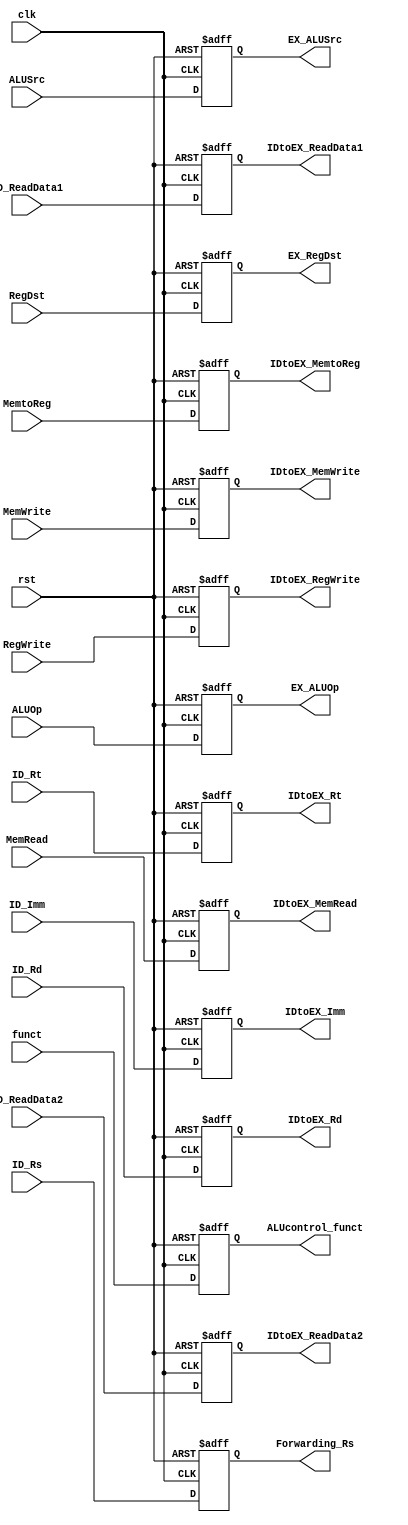
module IDtoEX_Register(
    input wire clk,
    input wire rst,
    
    //input from ID_Stage
    input wire [31:0] ID_ReadData1, ID_ReadData2,
    input wire [31:0] ID_Imm,
    input wire [4:0] ID_Rs, ID_Rt, ID_Rd,
    input wire [5:0] funct,
 
 
    //input from Control
    input wire [1:0] ALUOp,
    input wire ALUSrc, RegDst, MemRead, MemWrite, RegWrite, MemtoReg,
 
 
    // outputs to EX_Stage
    output reg [31:0] IDtoEX_ReadData1,IDtoEX_ReadData2, // Read Data from Register File
    output reg [31:0] IDtoEX_Imm, // Sign extended immediate value
    output reg [4:0] IDtoEX_Rt, IDtoEX_Rd, // Destination Register

    // Control unit to use in 3 stage
    output reg [1:0] EX_ALUOp,
    output reg EX_ALUSrc,
    output reg EX_RegDst,
    

    // outputs to Forwarding unit
    output reg [4:0] Forwarding_Rs,
    
    
    // outputs to ALU control 
    output reg [5:0] ALUcontrol_funct, // Function code
    
    // outputs to next pipe
    output reg IDtoEX_MemRead, IDtoEX_MemWrite,     // stage 4?????? ??????
    output reg IDtoEX_RegWrite, IDtoEX_MemtoReg      // stage 5?????? ??????
    );
    
    always @ (posedge clk or posedge rst) begin
    if (rst) begin 
        IDtoEX_ReadData1 <= 0;
        IDtoEX_ReadData2 <= 0;
        IDtoEX_Imm <= 0;
        IDtoEX_Rt <= 0;
        IDtoEX_Rd <= 0;
        Forwarding_Rs <= 0;
        ALUcontrol_funct <= 0;
        EX_ALUOp <= 0;
        EX_ALUSrc <= 0;
        EX_RegDst <= 0;
        IDtoEX_MemRead <= 0;
        IDtoEX_MemWrite <= 0;
        IDtoEX_RegWrite <= 0;
        IDtoEX_MemtoReg <= 0;
    end
    else begin
        IDtoEX_ReadData1 <= ID_ReadData1;
        IDtoEX_ReadData2 <= ID_ReadData2;
        IDtoEX_Imm <= ID_Imm;
        IDtoEX_Rt <= ID_Rt;
        IDtoEX_Rd <= ID_Rd;
        EX_ALUOp <= ALUOp;
        EX_ALUSrc <= ALUSrc;
        EX_RegDst <= RegDst;
        Forwarding_Rs <= ID_Rs;
        ALUcontrol_funct <= funct;
        IDtoEX_MemRead <= MemRead;
        IDtoEX_MemWrite <= MemWrite;
        IDtoEX_RegWrite <= RegWrite;
        IDtoEX_MemtoReg <= MemtoReg;
    end
  end
endmodule